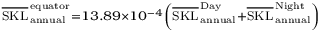
\scriptstyle \overline { { \mathrm { S K L } } } _ { \, \mathrm { a n n u a l } } ^ { \, \mathrm { e q u a t o r } } = 1 3 . 8 9 \times 1 0 ^ { - 4 } \left( \overline { { \mathrm { S K L } } } _ { \, \mathrm { a n n u a l } } ^ { \, \mathrm { D a y } } + \overline { { \mathrm { S K L } } } _ { \, \mathrm { a n n u a l } } ^ { \, \mathrm { N i g h t } } \right)